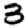
Digit: 3